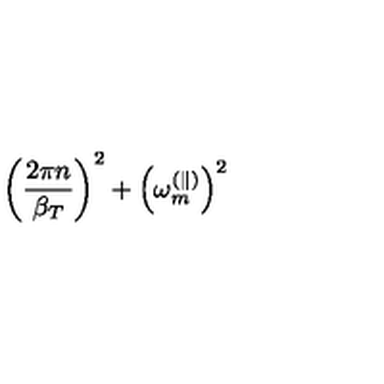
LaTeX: \left( \frac { 2 \pi n } { \beta _ { T } } \right) ^ { 2 } + \left( \omega _ { m } ^ { ( \parallel ) } \right) ^ { 2 }